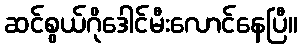
ဆင်စွယ်ဂိုဒေါင်မီးလောင်နေပြီ။